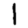
Digit: 1